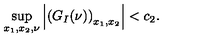
\sup _ { x _ { 1 } , x _ { 2 } , \nu } \left| \left( G _ { I } ( \nu ) \right) _ { x _ { 1 } , x _ { 2 } } \right| < c _ { 2 } .